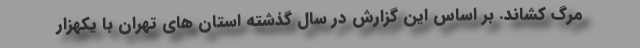
مرگ کشاند. بر اساس این گزارش در سال گذشته استان های تهران با یکهزار